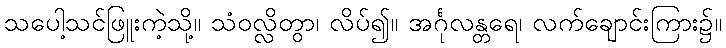
သပေါ့သင်ဖြူးကဲ့သို့။ သံဝလ္လိတွာ၊ လိပ်၍။ အင်္ဂုလန္တရေ၊ လက်ချောင်းကြား၌။